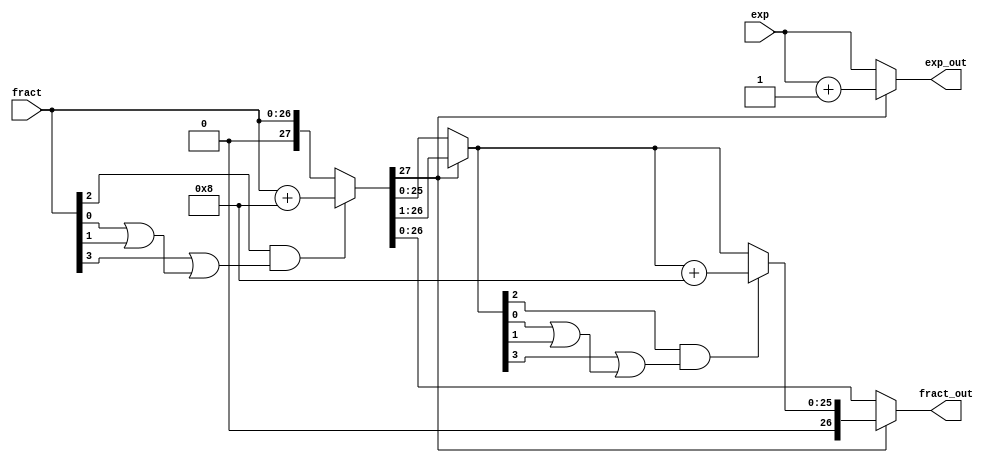
module arredondamento (
    input [26:0] fract,
    input [7:0] exp,
    output [26:0] fract_out,
    output [7:0] exp_out
);
    wire round = fract[2] & (fract[3] || (fract[0] || fract[1]));
    wire carry;
    wire [26:0] rounded;
    
    // Round number
    assign {carry, rounded} = (round)? fract + 4'b1000 : {1'b0, fract};

    // If carry, normalize again
    wire [7:0] normExp;
    wire [26:0] normFract;

    assign normExp = (carry)? exp + 1'b1 : exp;
    assign normFract = (carry)? rounded >> 1'b1 : rounded;

    // Round after normalized
    wire newRound = normFract[2] & (normFract[3] || (normFract[0] || normFract[1]));
    wire [25:0] newRounded = (newRound)? normFract + 4'b1000 : {1'b0, normFract};

    // output
    assign fract_out = (carry)? newRounded : rounded;
    assign exp_out = normExp;
    
    // wire [25:0] aux_fract;
    
    // assign aux_fract = (fract[2:0] > 3'b100)? fract + 1'b1 :
    //                    (fract[2:0] < 3'b100)? fract :
    //                    (fract[3] == 0)? fract : fract + 1'b1;

    // assign fract_out = (fract[25])? aux_fract[25:3] :
    //                    (fract[24])? aux_fract[24:2] :
    //                    (fract[23])? aux_fract[23:1] :
    //                    fract[22:0];

    // assign exp_out =    (fract[25])? exp + 2'b11 :
    //                     (fract[24])? exp + 2'b10 :
    //                     (fract[23])? exp + 2'b01 :
    //                     exp;

endmodule